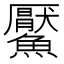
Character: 𩼴